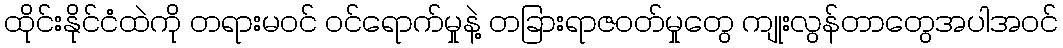
ထိုင်းနိုင်ငံထဲကို တရားမဝင် ဝင်ရောက်မှုနဲ့ တခြားရာဇဝတ်မှုတွေ ကျုးလွန်တာတွေအပါအဝင်